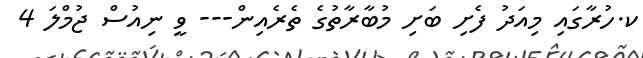
ކ.ހުރާގައި މިއަދު ފެށި ބަށި މުބާރާތުގެ ތެރެއިން--- ވީ ނިއުސް ޖުމްލަ 4